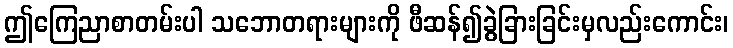
ဤကြေညာစာတမ်းပါ သဘောတရားများကို ဖီဆန်၍ခွဲခြားခြင်းမှလည်းကောင်း၊